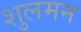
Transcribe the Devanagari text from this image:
शुलमन